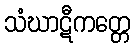
သံဃာဋီကတ္တေ